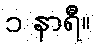
၁ နာရီ။